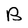
Character: B